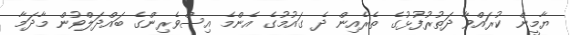
ޔާމީން ކުރައްވާ ދަތުރުފުޅުގެ ތެރެއިން ދެ ގައުމުގެ އެންމެ އިސްވެރިންގެ ބައްދަލްވުން މާދަމާ